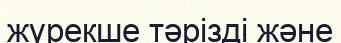
жүрекше тәрізді және